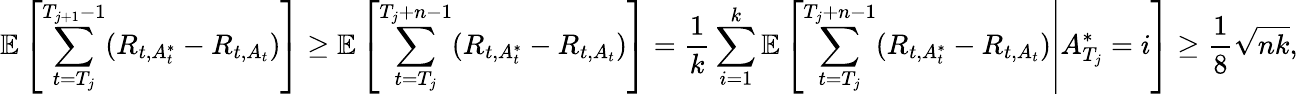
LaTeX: \mathbb{E}\left[\sum_{t=T_{j}}^{T_{j+1}-1}(R_{t,A_{t}^{*}}-R_{t,A_{t}})\right]\geq\mathbb{E}\left[\sum_{t=T_{j}}^{T_{j}+n-1}(R_{t,A_{t}^{*}}-R_{t,A_{t}})\right]=\frac{1}{k}\sum_{i=1}^{k}\mathbb{E}\left[\left.\sum_{t=T_{j}}^{T_{j}+n-1}(R_{t,A_{t}^{*}}-R_{t,A_{t}})\right|A_{T_{j}}^{*}=i\right]\geq\frac{1}{8}\sqrt{nk},